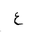
Letter: _ayn